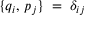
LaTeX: \{ q _ { i } , \, p _ { j } \} \; = \; \delta _ { i j }